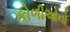
કોળીઓનો